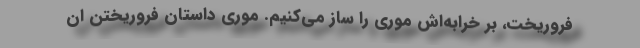
فروریخت، بر خرابه‌اش موری را ساز می‌کنیم. موری داستان فروریختن ان